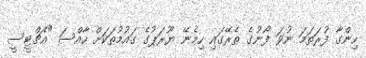
ހިންގާ ފުރަތަމަ ނުވަ ފޯނުގެ ތެރޭގައި ހިމެނޭ ޔޫރަޕުގެ ގައުމުތަކަށް ހާއްސަ "އެޗްޓީސީ